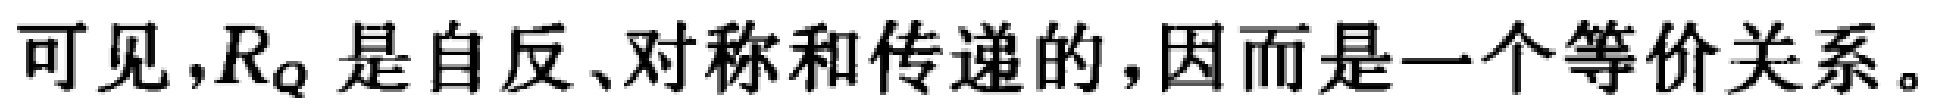
可见，$R_Q$ 是自反、对称和传递的，因而是一个等价关系。